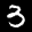
Label: 3